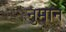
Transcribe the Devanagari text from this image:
नुमान